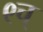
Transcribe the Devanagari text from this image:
९च्